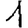
Digit: 1